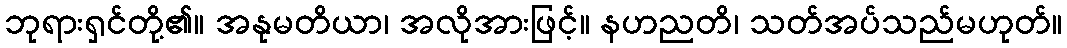
ဘုရားရှင်တို့၏။ အနုမတိယာ၊ အလိုအားဖြင့်။ နဟညတိ၊ သတ်အပ်သည်မဟုတ်။